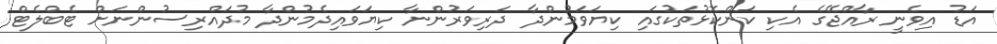
އަޑު އިވެނީ ރާއްޖޭގެ އެކި ކަންކޮޅުތަކުގައި ކިޔަވަމުންދާ ދަރިވަރުންނާ ކިޔަވައިދެމުންދާ މުދައްރިސުންނަށް ޓެބްލެޓް